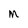
Character: M